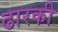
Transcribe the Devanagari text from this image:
ढारकी